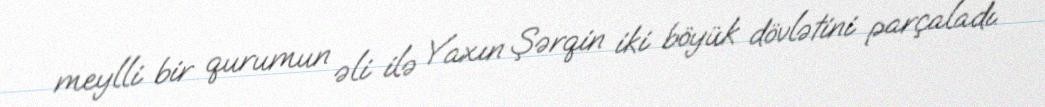
meylli bir qurumun əli ilə Yaxın Şərqin iki böyük dövlətini parçaladı.